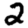
Digit: 2